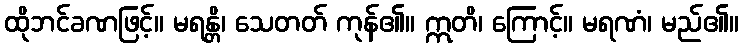
ထိုဘင်ခဏဖြင့်။ မရန္တိ၊ သေတတ် ကုန်၏။ ဣတိ၊ ကြောင့်။ မရဏံ၊ မည်၏။